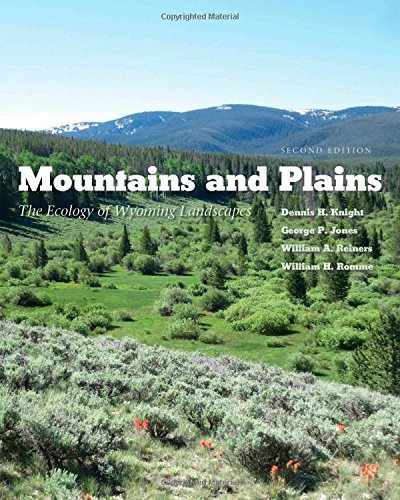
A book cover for Mountains and Plains: The Ecology of Wyoming Landscapes, Second Edition; Dennis H. Knight; Science & Math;